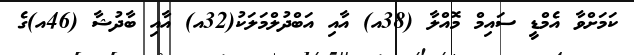
ކަމަށްވާ އެމްޑީ ސައިމް މޮއްލާ (38އ) އާއި އަބްދުލްމަލަކު(32އ) އާއި ބާދުޝާ (46އ)ގެ